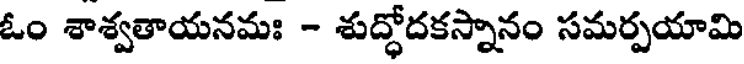
ఓం శాశ్వతాయనమః - శుద్ధోదకస్నానం సమర్పయామి